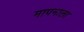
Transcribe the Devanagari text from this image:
मापनाला